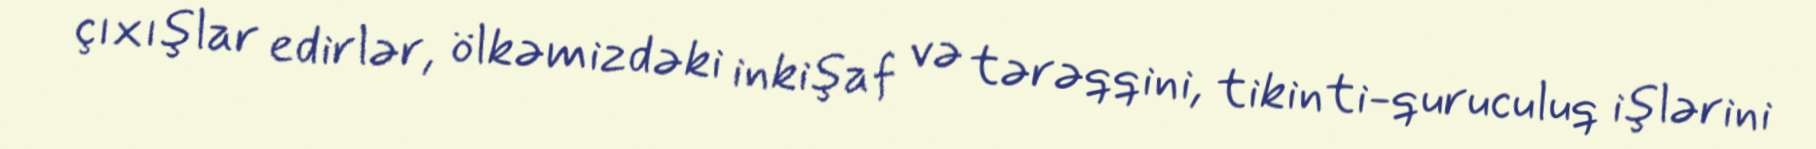
çıxışlar edirlər, ölkəmizdəki inkişaf və tərəqqini, tikinti-quruculuq işlərini